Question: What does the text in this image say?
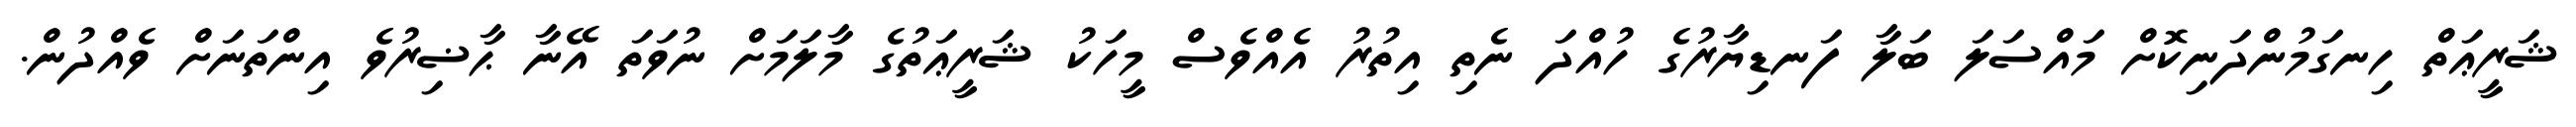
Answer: ޝަރީޢަތް ހިނގަމުންދަނިކޮށް މައްސަލަ ބަލާ ފަނޑިޔާރުގެ ހުއްދަ ނެތި އިތުރު އެއްވެސް މީހަކު ޝަރީޢަތުގެ މާލަމަށް ނުވަތަ އޭނާ ޙާޟިރުވެ އިންތަނަށް ވެއްދުން.